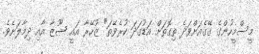
މީސްމީހުންގެ ގޭގެއަށްވަދެ ތިގޮތަށް އަޑުގަދަ ކުރެވޭތަ" ޒުހޭރާ އައީ ޝޫޒާ އާއި ދިމާލަށެވެ.